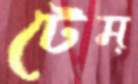
টেম্